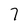
Character: 7